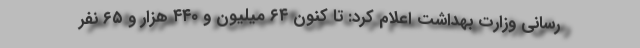
رسانی وزارت بهداشت اعلام کرد: تا کنون ۶۴ میلیون و ۴۴۰ هزار و ۶۵ نفر